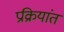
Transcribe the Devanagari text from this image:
प्रक्रियांत